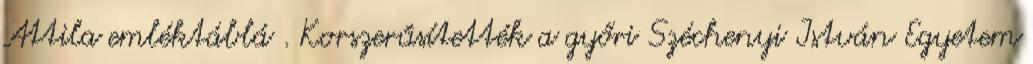
Attila emléktáblá . Korszerűsítették a győri Széchenyi István Egyetem